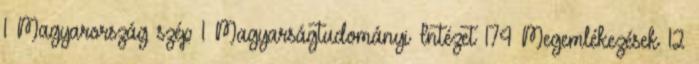
1 Magyarország szép 1 Magyarságtudományi Intézet 174 Megemlékezések 12